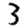
Digit: 3